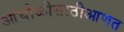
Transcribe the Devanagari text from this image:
आंघोळीसाठीआणत